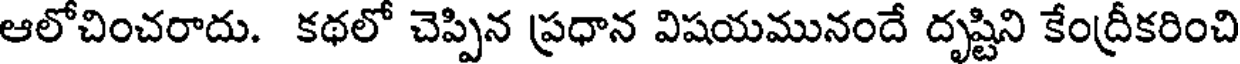
ఆలోచించరాదు. కథలో చెప్పిన ప్రధాన విషయమునందే దృష్టిని కేంద్రీకరించి